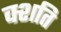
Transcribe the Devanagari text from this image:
क्शति